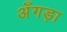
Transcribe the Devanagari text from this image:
अँगड़ा